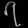
Digit: ၇